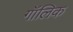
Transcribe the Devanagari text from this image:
गॉलिक